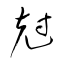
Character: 尅